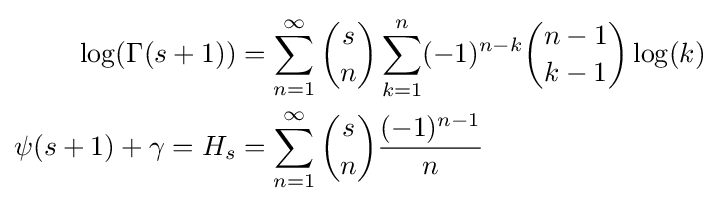
{\begin{aligned}\log(\Gamma (s+1))&=\sum _{n=1}^{\infty }{s \choose n}\sum _{k=1}^{n}(-1)^{n-k}{n-1 \choose k-1}\log(k)\\\psi (s+1)+\gamma =H_{s}&=\sum _{n=1}^{\infty }{s \choose n}{\frac {(-1)^{n-1}}{n}}\end{aligned}}